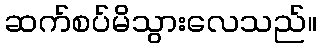
ဆက်စပ်မိသွားလေသည်။